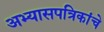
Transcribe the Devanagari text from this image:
अभ्यासपत्रिकांचे